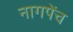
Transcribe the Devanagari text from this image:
नागपेंच